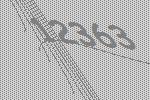
12363